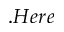
. H e r e